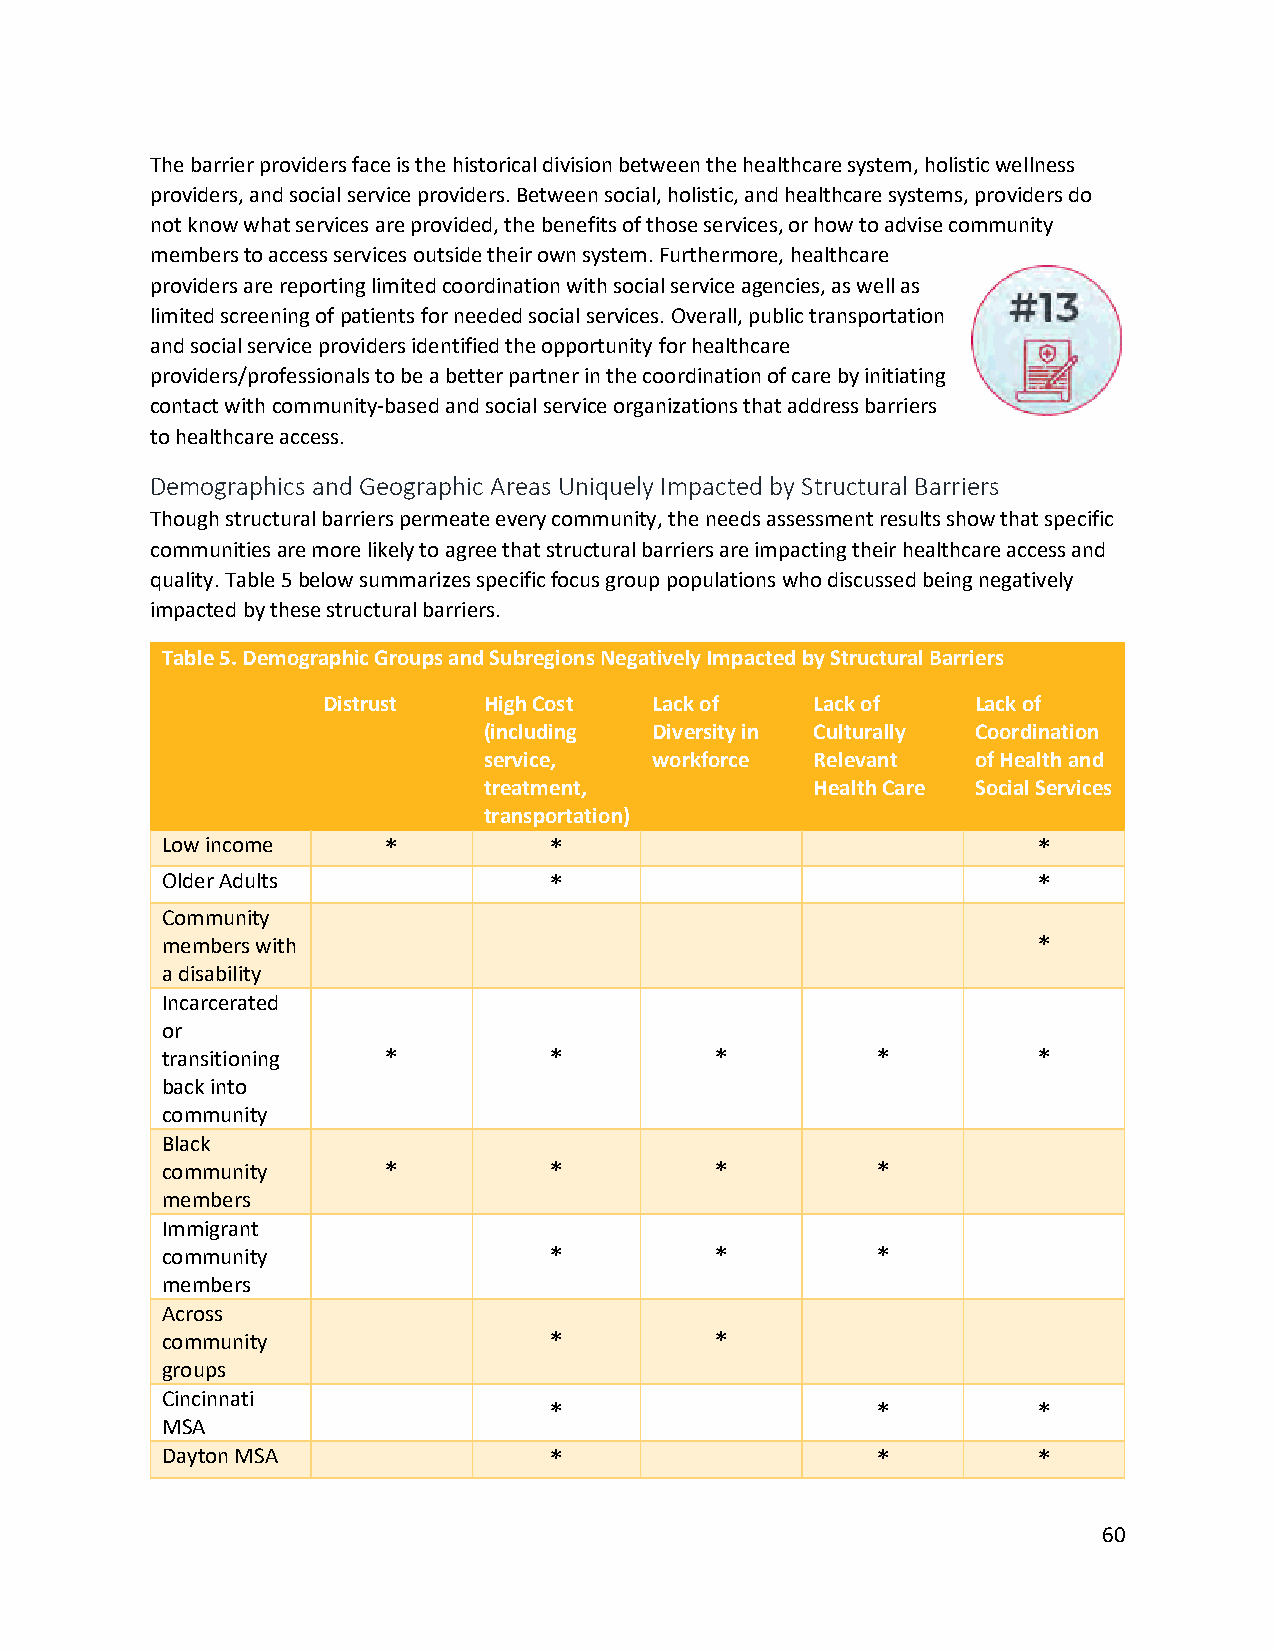
The barrier providers face is the historical division between the healthcare system, holistic wellness
 providers, and social service providers. Between social, holistic, and healthcare systems, providers do
 not know what services are provided, the benefits of those services, or how to advise community
 members to access services outside their own system. Furthermore, healthcare
 providers are reporting limited coordination with social service agencies, as well as
 limited screening of patients for needed social services. Overall, public transportation
 and social service providers identified the opportunity for healthcare
 providers/professionals to be a better partner in the coordination of care by initiating
 contact with community-based and social service organizations that address barriers
 to healthcare access.
 Demographics and Geographic Areas Uniquely Impacted by Structural Barriers
 Though structural barriers permeate every community, the needs assessment results show that specific
 communities are more likely to agree that structural barriers are impacting their healthcare access and
 quality. Table 5 below summarizes specific focus group populations who discussed being negatively
 impacted by these structural barriers.
 Table 5. Demographic Groups and Subregions Negatively Impacted by Structural Barriers
 Distrust   High Cost  Lack of    Lack of    Lack of
 (including Diversity in Culturally Coordination
 service,   workforce  Relevant   of Health and
 treatment,            Health Care Social Services
 transportation)
 Low income    *          *                                *
 Older Adults             *                                *
 Community
 members with                                              *
 a disability
 Incarcerated
 or
 transitioning *          *          *          *          *
 back into
 community
 Black
 community     *          *          *          *
 members
 Immigrant
 community                *          *          *
 members
 Across
 community                *          *
 groups
 Cincinnati
 *                     *          *
 MSA
 Dayton MSA               *                     *          *
 60